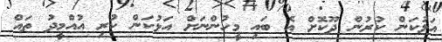
އަޅުކަން ކުރުން ދޫކޮށް އެ ބައި މީހުންނަށް އަޅުކަން ކުރި އުއްމީދު ތައް